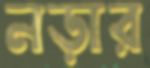
নড়ার